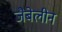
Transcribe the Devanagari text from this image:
जैबेलीन